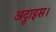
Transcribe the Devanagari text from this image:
अट्ठाइस।